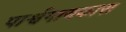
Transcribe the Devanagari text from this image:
पार्श्वगायकास